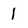
Character: I